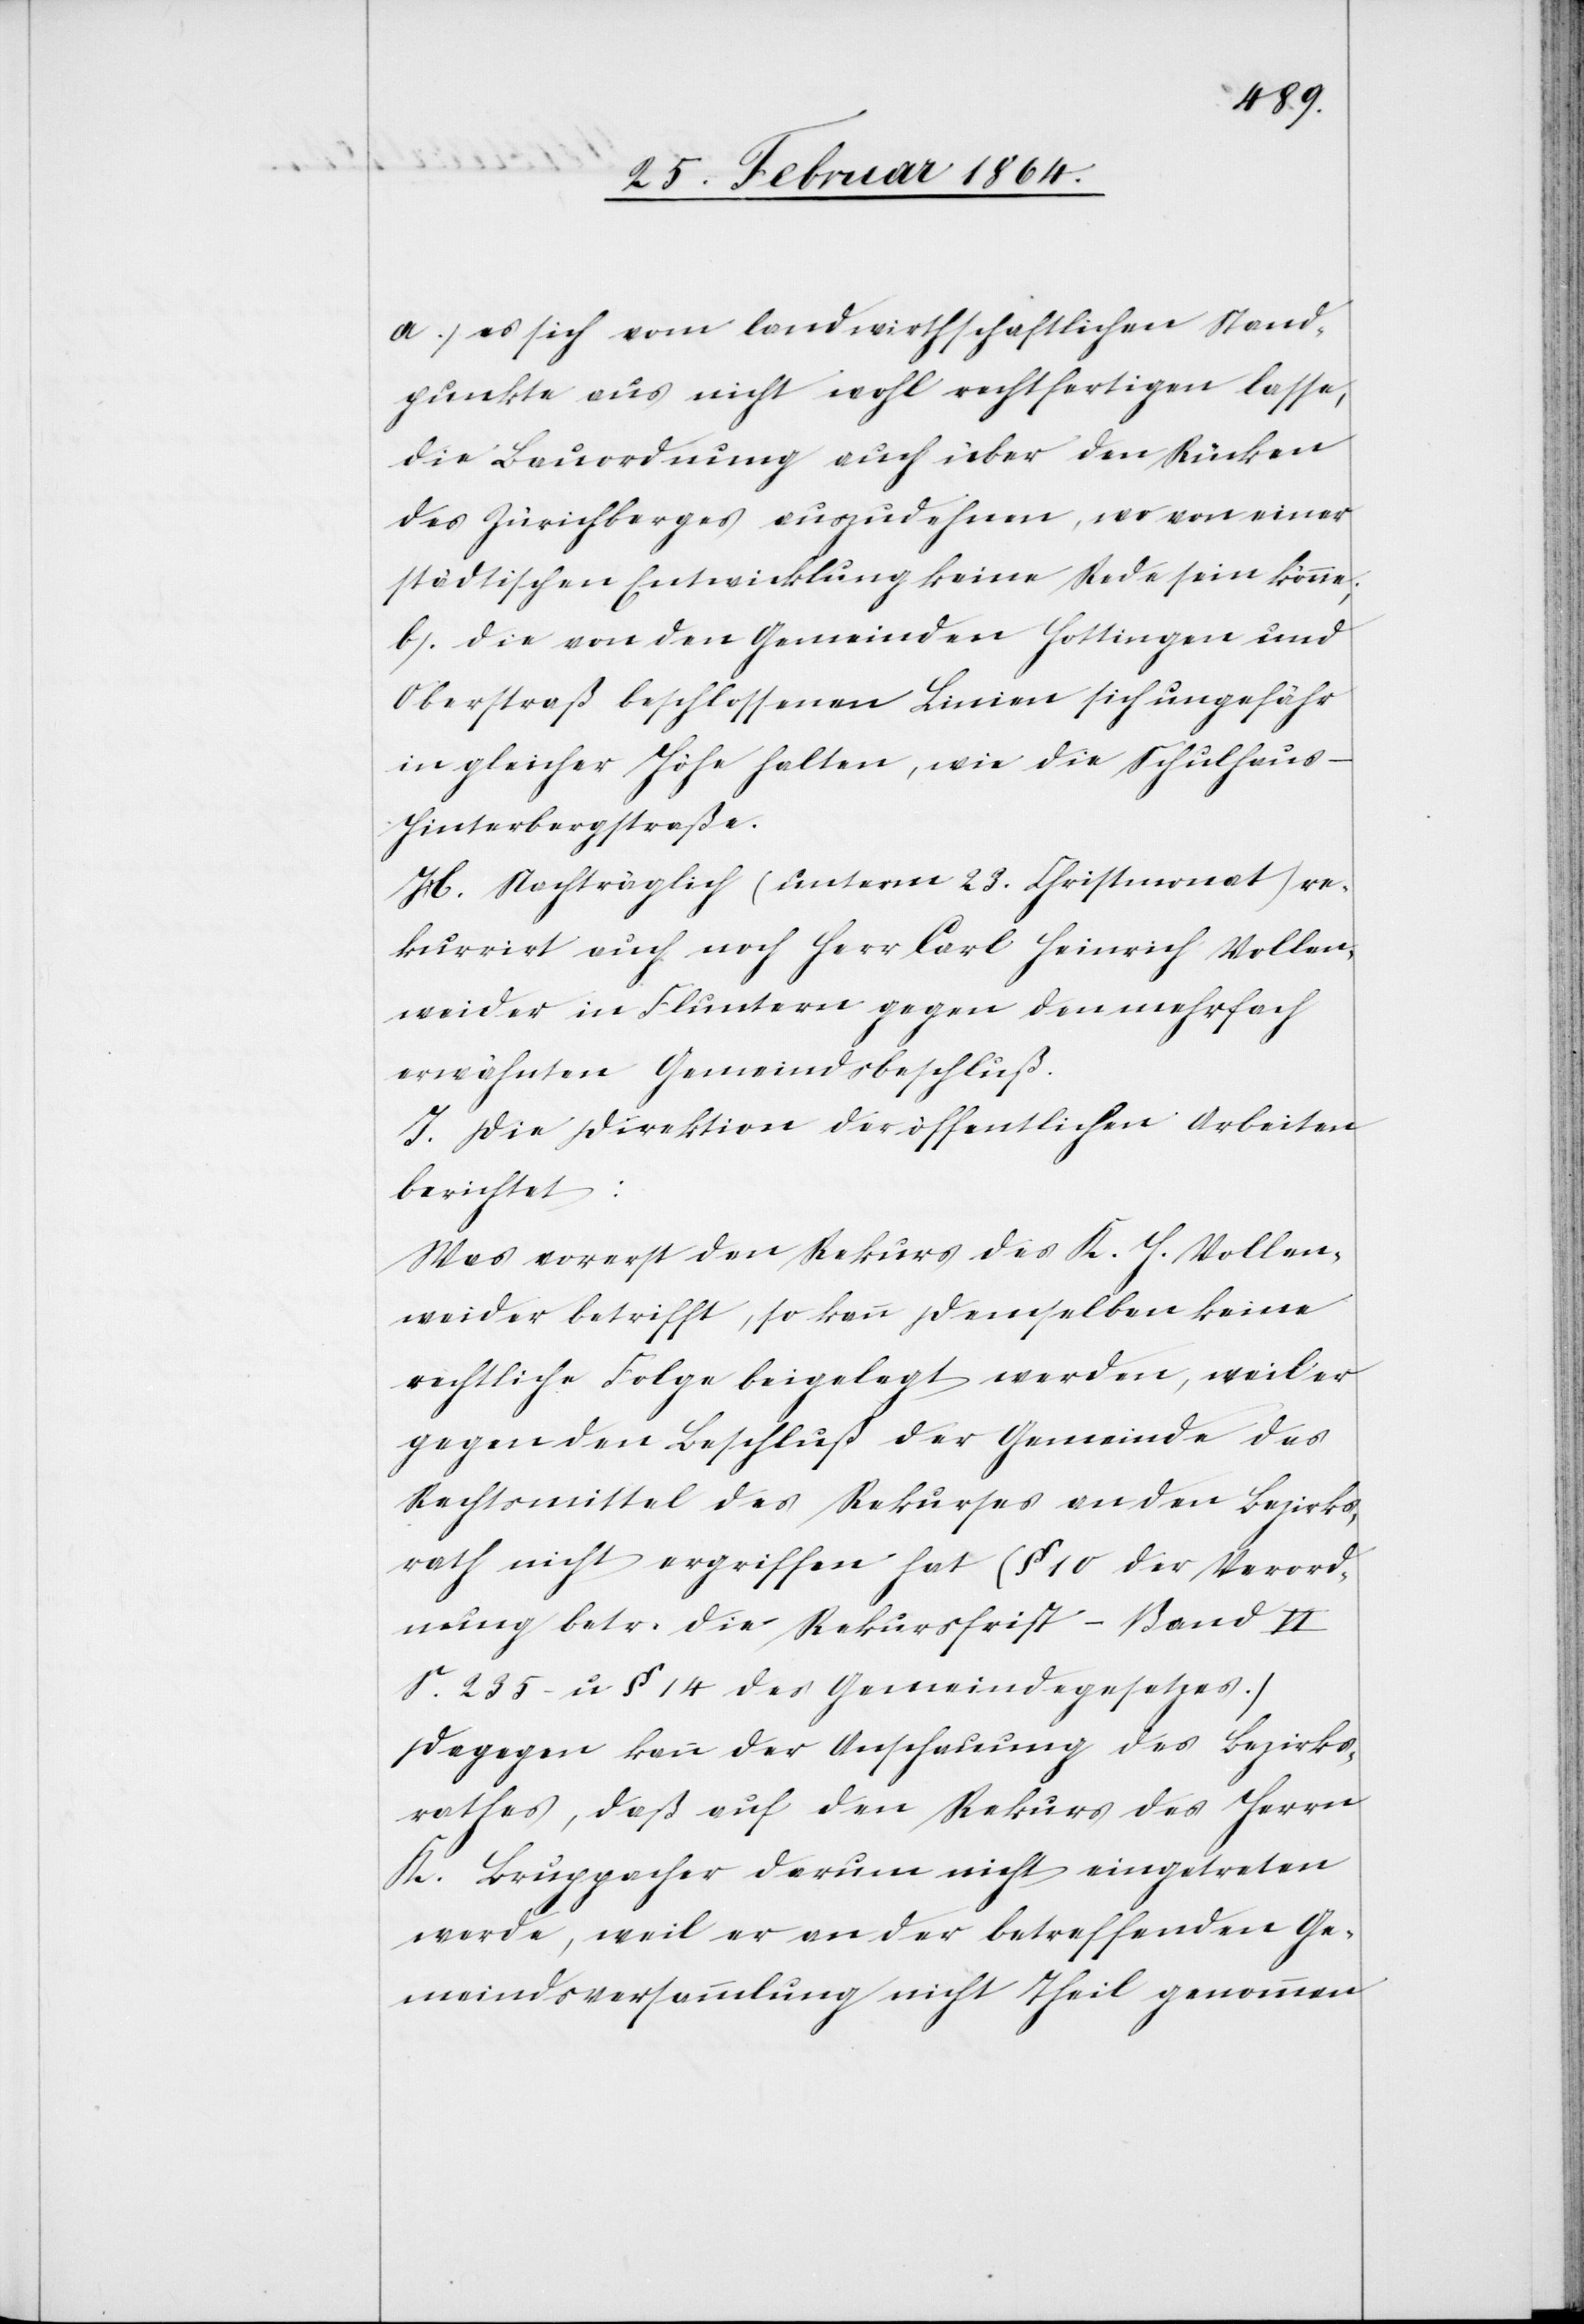
a.) es sich vom landwirthschaftlichen Stand¬
punkte aus nicht wohl rechtfertigen lasse,
die Bauordnung auch über den Rücken
des Zürichberges auszudehnen, wo von einer
städtischen Entwicklung keine Rede sein könne;
b.) die von den Gemeinden Hottingen und
Oberstraß beschlossenen Linien sich ungefähr
in gleicher Höhe halten, wie die Schulhaus-H¬
interbergstraße.
H. Nachträglich (unterm 23. Christmonat) re¬
kurrirt auch noch Herr Carl Heinrich Vollen¬
weider in Fluntern gegen den mehrfach
erwähnten Gemeindsbeschluß.
I. Die Direktion der öffentlichen Arbeiten
berichtet:
Was vorerst den Rekurs des K. H. Vollen¬
weider betrifft, so kann demselben keine
rechtliche Folge beigelegt werden, weil er
gegen den Beschluß der Gemeinde das
Rechtsmittel des Rekurses an den Bezirks¬
rath nicht ergriffen hat (§ 10 der Verord¬
nung betr. die Rekursfrist – Band VI
S. 235 u. § 14 des Gemeindegesetzes.)
Dagegen kann der Anschauung des Bezirks¬
rathes, daß auf den Rekurs des Herrn
K. Bruppacher darum nicht eingetreten
werde, weil er an der betreffenden Ge¬
meindsversammlung nicht Theil genommen